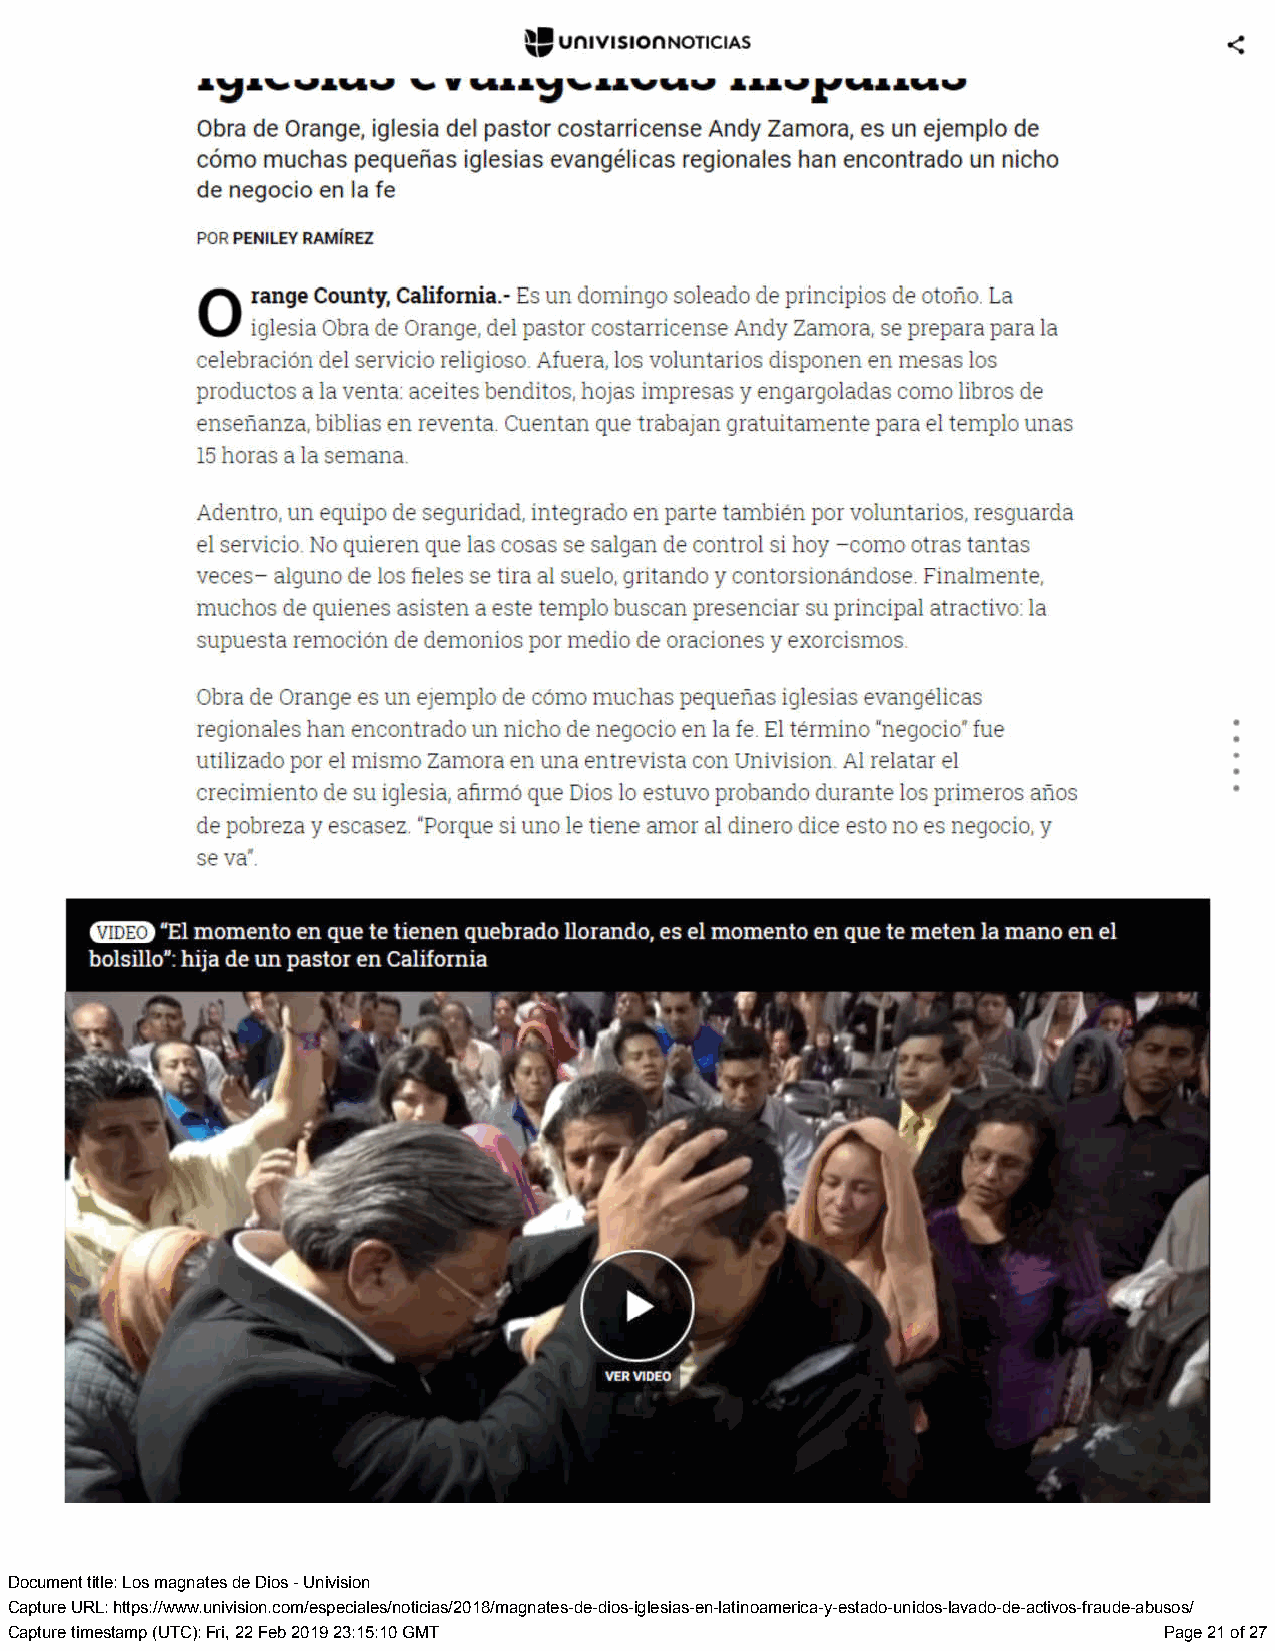
Document title: Los magnates de Dios - Univision
 Capture URL: https://www.univision.com/especiales/noticias/2018/magnates-de-dios-iglesias-en-latinoamerica-y-estado-unidos-lavado-de-activos-fraude-abusos/
 Capture timestamp (UTC): Fri, 22 Feb 2019 23:15:10 GMT                       Page 21 of 27